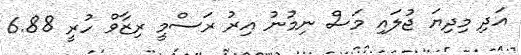
އަދި މިދިޔަ ޖުލައި މަސް ނިމުނު އިރު ރަސްމީ ރިޒާވް ހުރީ 6.88